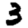
Digit: 3